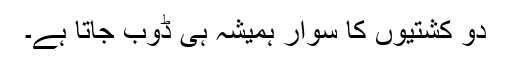
دو کشتیوں کا سوار ہمیشہ ہی ڈُوب جاتا ہے۔